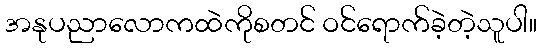
အနုပညာလောကထဲကိုစတင် ဝင်ရောက်ခဲ့တဲ့သူပါ။